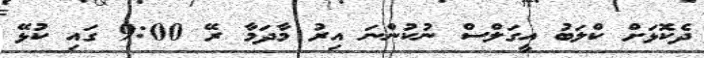
ދެކޮޅަށް ކްލަބު އީގަލްސް ނުކުންނަ އިރު މާދަމާ ރޭ 9:00 ގައި ކުޅޭ